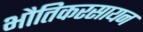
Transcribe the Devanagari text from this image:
भौतिकरसायन